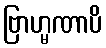
ဗြာဟ္မဏာပိ